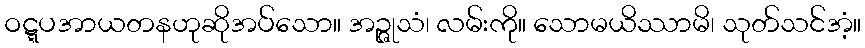
ဝဋ္ဋပအာယတနဟုဆိုအပ်သော။ အဉ္ဇုသံ၊ လမ်းကို။ သောမယိဿာမိ၊ သုတ်သင်အံ့။